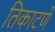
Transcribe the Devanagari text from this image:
तिकाटणे